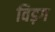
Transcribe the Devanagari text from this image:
विड़ग